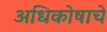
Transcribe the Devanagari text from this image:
अधिकोषाचे